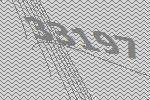
33197